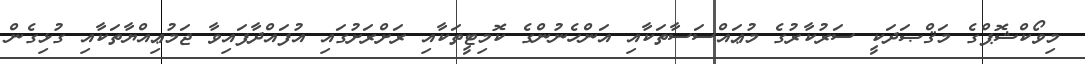
މިވޯކްޝޮޕްގެ މަޤްޞަދަކީ ސަރުކާރުގެ މުޢައްސަސާތަކާއި އަންހެނުންގެ ކޮމިޓީތަކާއި ރަށްރަށުގައި އުފައްދާފައިވާ ޖަމުޢިއްޔާތަކާއި ގުޅިގެން